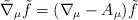
LaTeX: \begin{align*}\tilde\nabla_{\mu}\tilde f = (\nabla_{\mu} - A_{\mu})\tilde f\end{align*}